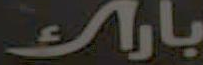
بارك